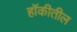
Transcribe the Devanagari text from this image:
हॉकीतील